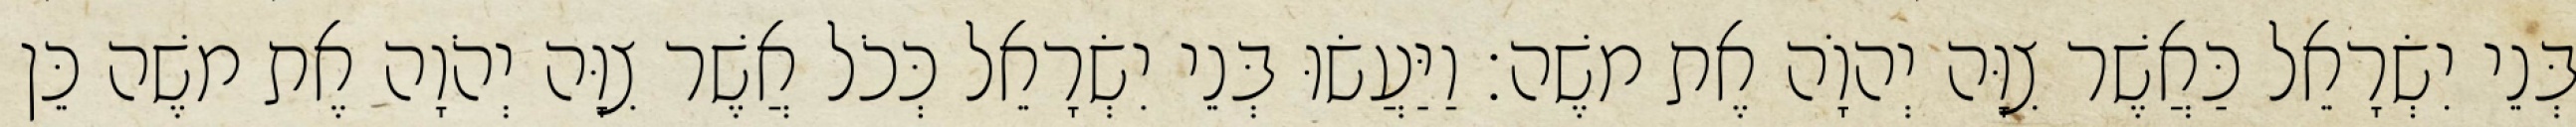
בְּנֵי יִשְׂרָאֵל כַּאֲשֶׁר צִוָּה יְהוָֹה אֶת משֶׁה׃ וַיַּעֲשׂוּ בְּנֵי יִשְׂרָאֵל כְּכֹל אֲשֶׁר צִוָּה יְהֹוָה אֶת משֶׁה כֵּן